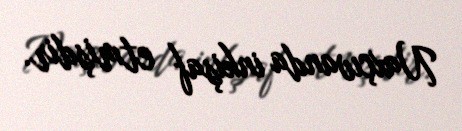
Naxçıvanda inkişaf etmişdir.